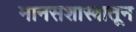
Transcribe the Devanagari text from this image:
मानसशास्त्रातून